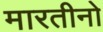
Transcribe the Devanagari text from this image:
मारतीनो